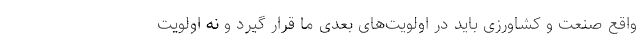
واقع صنعت و کشاورزی باید در اولویت‌های بعدی ما قرار گیرد و نه اولویت